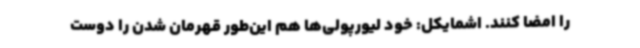
را امضا کنند. اشمایکل: خود لیورپولی‌ها هم این‌طور قهرمان شدن را دوست